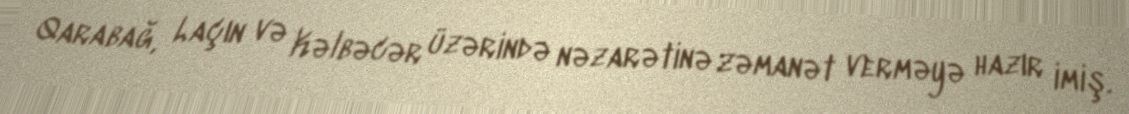
Qarabağ, Laçın və Kəlbəcər üzərində nəzarətinə zəmanət verməyə hazır imiş.